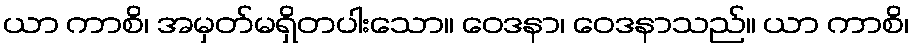
ယာ ကာစိ၊ အမှတ်မရှိတပါးသော။ ဝေဒနာ၊ ဝေဒနာသည်။ ယာ ကာစိ၊